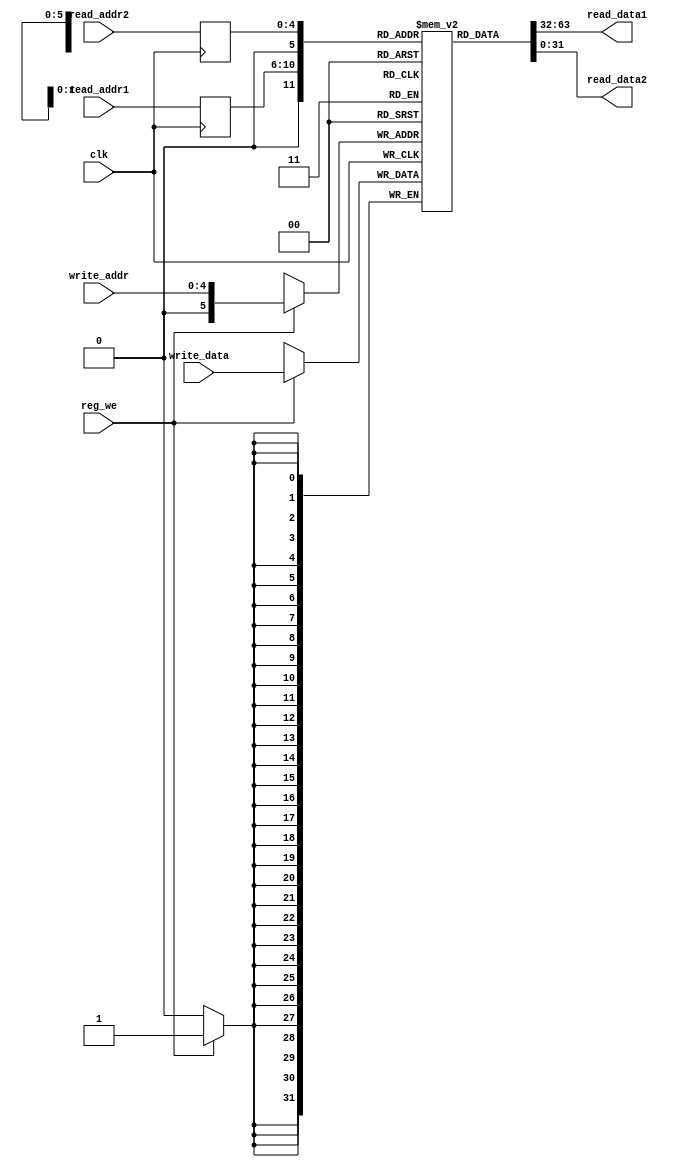


module register(
           input   wire        clk,                   //

           input   wire        reg_we,                   //
           input   wire[4:0]   write_addr,            // ? 32 ?
           input   wire[31:0]  write_data,            //

           input   wire[4:0]   read_addr1,            // ?
           input   wire[4:0]   read_addr2,            //

           output  reg [31:0]  read_data1,            // 
           output  reg [31:0]  read_data2             //
       );


reg [31:0] reg_file [0:32];

initial reg_file[5'h0] <= 32'b0;

reg[4:0]  r1;
reg[4:0]  r2;
// write read
always @ (posedge clk) begin
    if (reg_we) begin
        reg_file[write_addr] <= write_data;
    end
    r1 <= read_addr1;
    r2 <= read_addr2;
end

always @(*) begin

    read_data1 <= reg_file[r1];
    read_data2 <= reg_file[r2];
end



endmodule